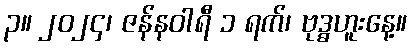
၃။ ၂၀၂၄၊ ဇန်နဝါရီ ၁ ရက်၊ ဗုဒ္ဓဟူးနေ့။